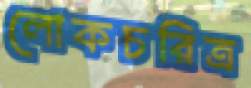
লোকচরিত্র